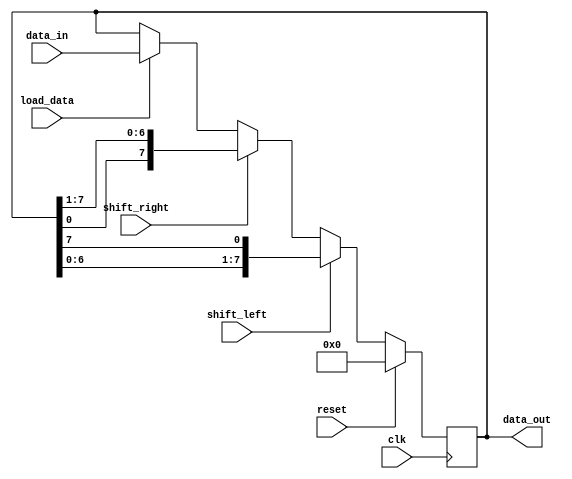
module UniversalShiftRegister (
    input wire clk,
    input wire reset,
    input wire shift_left,
    input wire shift_right,
    input wire load_data,
    input wire [7:0] data_in,
    output reg [7:0] data_out
);

reg [7:0] internal_register;

always @ (posedge clk) begin
    if (reset) begin
        internal_register <= 8'b0;
    end else begin
        if (shift_left) begin
            internal_register <= {internal_register[6:0], internal_register[7]};
        end else if (shift_right) begin
            internal_register <= {internal_register[0], internal_register[7:1]};
        end else if (load_data) begin
            internal_register <= data_in;
        end
    end
end

assign data_out = internal_register;

endmodule